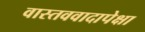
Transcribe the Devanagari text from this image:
वास्तववादापेक्षा